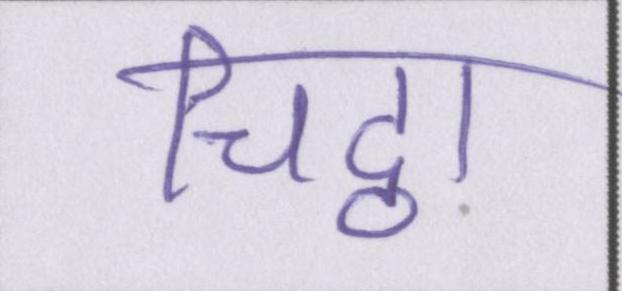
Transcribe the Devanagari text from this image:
चिट्ठा